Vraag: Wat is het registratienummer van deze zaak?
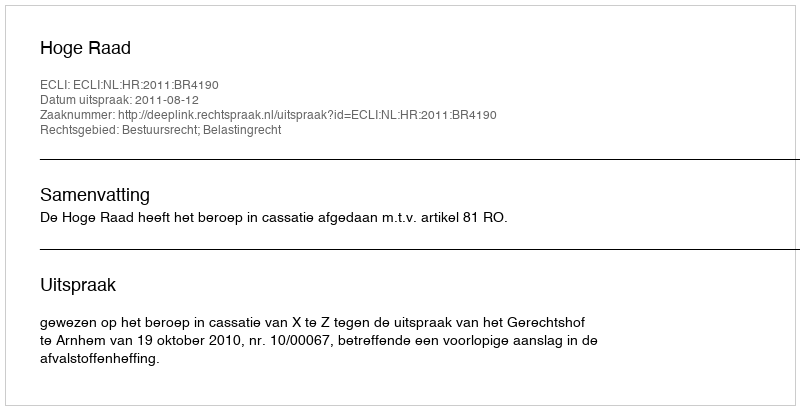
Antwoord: http://deeplink.rechtspraak.nl/uitspraak?id=ECLI:NL:HR:2011:BR4190